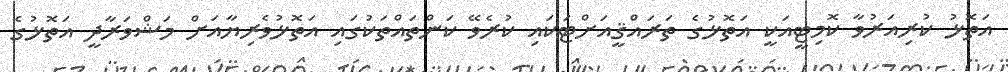
އަތޮޅު ކުރިއަރުވާ ކޮމިޓީއަކީ އަތޮޅުގެ ތަރައްޤީއަށްޓަކައި ކުރެވޭ ކަންތައްތަކުގައި އަތޮޅުވެރިޔާއަށް މަޝްވަރާދީ އަތޮޅުގެ